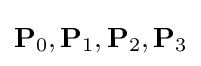
\mathbf {P} _{0},\mathbf {P} _{1},\mathbf {P} _{2},\mathbf {P} _{3}